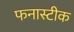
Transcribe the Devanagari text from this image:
फनास्टीक